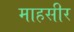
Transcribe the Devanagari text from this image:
माहसीर